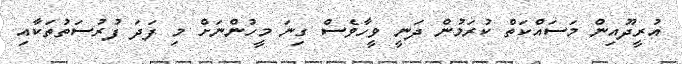
އުރީދޫއިން މަސައްކަތް ކުރަމުން ދަނީ ވީހާވެސް ގިނަ މީހުންނަށް މި ފަދަ ފުރުސަތުތަކާއި